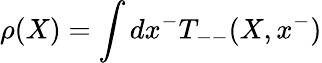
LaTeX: \rho(X)=\int dx^{-}T_{--}(X,x^{-})